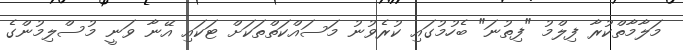
މަލާމާތްކުރާ ފިލްމު "ފިތުނަ" ބެހުމުގައި ކުރެވުނު މަސައްކަތްތަކަށް ޓަކައި އޭނާ ވަނީ މުސްލިމުންގެ